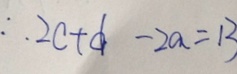
\therefore 2 c + d - 2 a = 1 3